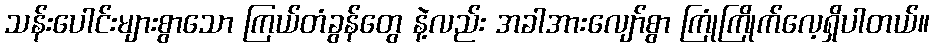
သန်းပေါင်းများစွာသော ကြယ်တံခွန်တွေ နဲ့လည်း အခါအားလျော်စွာ ကြုံကြိုက်လေ့ရှိပါတယ်။